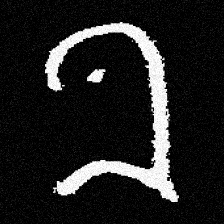
Pyu character \u2014 Myanmar letter: ခ (romanized: kha)